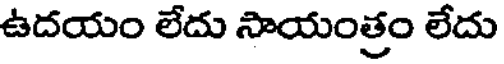
ఉదయం లేదు సాయంత్రం లేదు